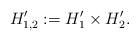
LaTeX: \begin{align*} H_{1,2}' := H_1'\times H_2'.\end{align*}